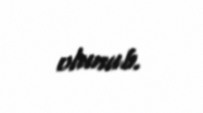
olunub.